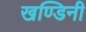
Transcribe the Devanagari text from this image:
खण्डिनी